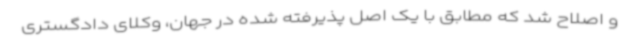
و اصلاح شد که مطابق با یک اصل پذیرفته شده در جهان، وکلای دادگستری